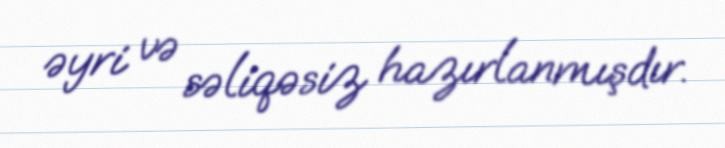
əyri və səliqəsiz hazırlanmışdır.